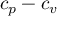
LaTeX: c _ { p } - c _ { v }